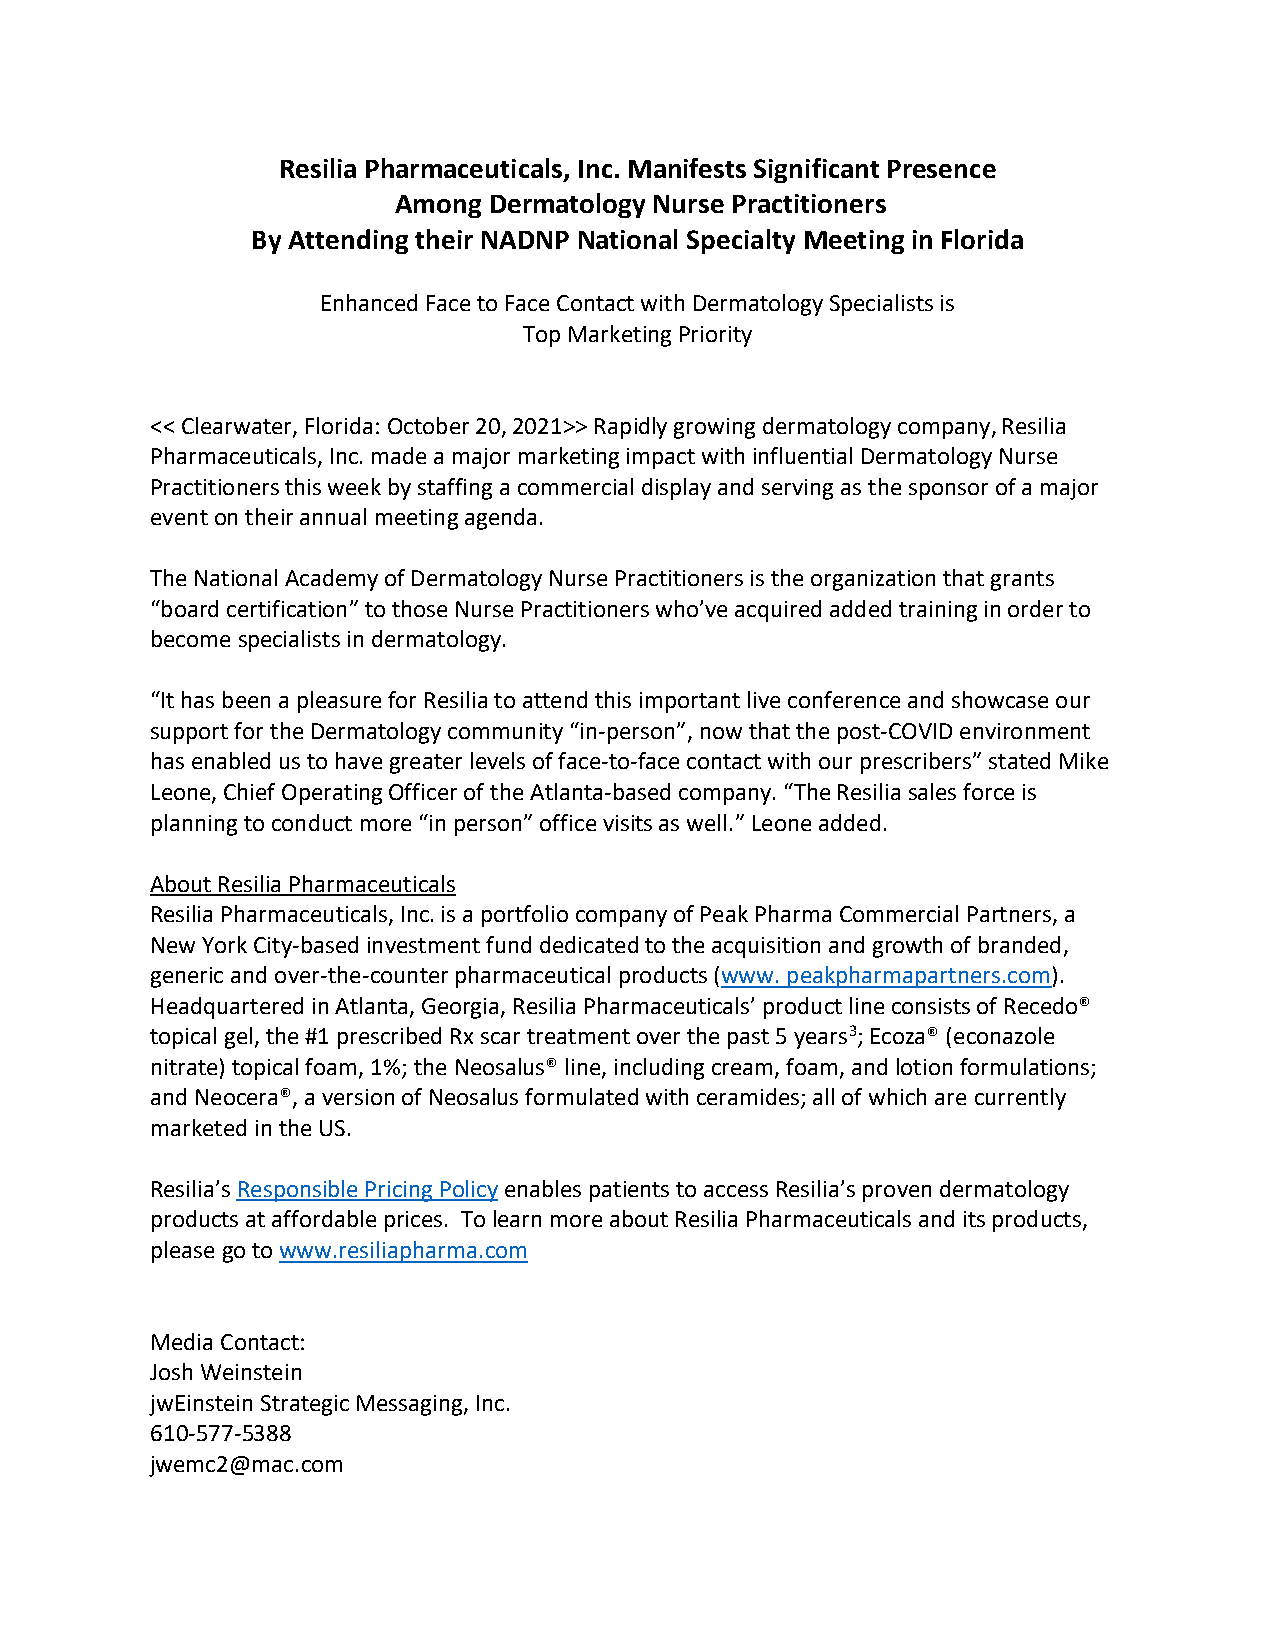
Resilia Pharmaceuticals, Inc. Manifests Significant Presence
 Among Dermatology Nurse Practitioners
 By Attending their NADNP National Specialty Meeting in Florida
 Enhanced Face to Face Contact with Dermatology Specialists is
 Top Marketing Priority
 << Clearwater, Florida: October 20, 2021>> Rapidly growing dermatology company, Resilia
 Pharmaceuticals, Inc. made a major marketing impact with influential Dermatology Nurse
 Practitioners this week by staffing a commercial display and serving as the sponsor of a major
 event on their annual meeting agenda.
 The National Academy of Dermatology Nurse Practitioners is the organization that grants
 “board certification” to those Nurse Practitioners who’ve acquired added training in order to
 become specialists in dermatology.
 “It has been a pleasure for Resilia to attend this important live conference and showcase our
 support for the Dermatology community “in-person”, now that the post-COVID environment
 has enabled us to have greater levels of face-to-face contact with our prescribers” stated Mike
 Leone, Chief Operating Officer of the Atlanta-based company. “The Resilia sales force is
 planning to conduct more “in person” office visits as well.” Leone added.
 About Resilia Pharmaceuticals
 Resilia Pharmaceuticals, Inc. is a portfolio company of Peak Pharma Commercial Partners, a
 New York City-based investment fund dedicated to the acquisition and growth of branded,
 generic and over-the-counter pharmaceutical products (www. peakpharmapartners.com).
 Headquartered in Atlanta, Georgia, Resilia Pharmaceuticals’ product line consists of Recedo®
 topical gel, the #1 prescribed Rx scar treatment over the past 5 years3; Ecoza® (econazole
 nitrate) topical foam, 1%; the Neosalus® line, including cream, foam, and lotion formulations;
 and Neocera®, a version of Neosalus formulated with ceramides; all of which are currently
 marketed in the US.
 Resilia’s Responsible Pricing Policy enables patients to access Resilia’s proven dermatology
 products at affordable prices. To learn more about Resilia Pharmaceuticals and its products,
 please go to www.resiliapharma.com
 Media Contact:
 Josh Weinstein
 jwEinstein Strategic Messaging, Inc.
 610-577-5388
 jwemc2@mac.com